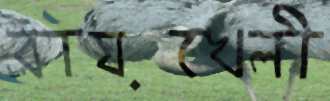
রায়খেলী